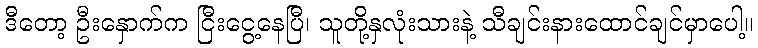
ဒီတော့ ဦးနှောက်က ငြီးငွေ့နေပြီ၊ သူတို့နှလုံးသားနဲ့ သီချင်းနားထောင်ချင်မှာပေါ့။